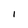
Character: i